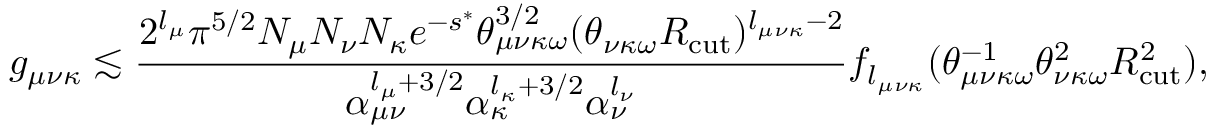
g _ { \mu \nu \kappa } \lesssim \frac { 2 ^ { l _ { \mu } } \pi ^ { 5 / 2 } N _ { \mu } N _ { \nu } N _ { \kappa } e ^ { - s ^ { * } } \theta _ { \mu \nu \kappa \omega } ^ { 3 / 2 } ( \theta _ { \nu \kappa \omega } R _ { \mathrm { c u t } } ) ^ { l _ { \mu \nu \kappa } - 2 } } { \alpha _ { \mu \nu } ^ { l _ { \mu } + 3 / 2 } \alpha _ { \kappa } ^ { l _ { \kappa } + 3 / 2 } \alpha _ { \nu } ^ { l _ { \nu } } } f _ { l _ { \mu \nu \kappa } } ( \theta _ { \mu \nu \kappa \omega } ^ { - 1 } \theta _ { \nu \kappa \omega } ^ { 2 } R _ { \mathrm { c u t } } ^ { 2 } ) ,